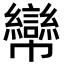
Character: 㡩